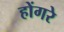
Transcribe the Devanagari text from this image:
होंगरे